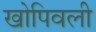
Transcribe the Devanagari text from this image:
खोपिवली